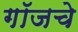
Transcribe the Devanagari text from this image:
गॉजचे